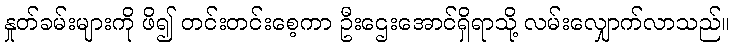
နှုတ်ခမ်းများကို ဖိ၍ တင်းတင်းစေ့ကာ ဦးဌေးအောင်ရှိရာသို့ လမ်းလျှောက်လာသည်။